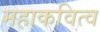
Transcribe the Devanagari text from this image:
महाकवित्व